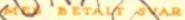
MED BETALT SVAR